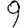
Digit: 9